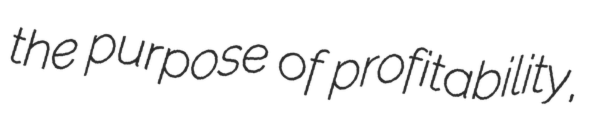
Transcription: the purpose of profitability,